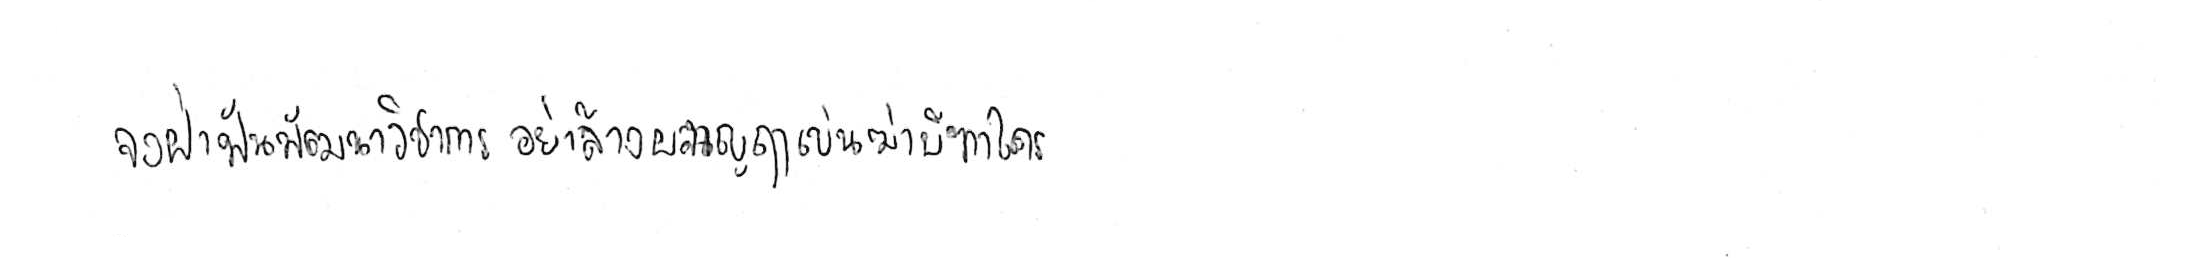
จงฝ่าฟันพัฒนาวิชาการ อย่าล้างผลาญฤๅเข่นฆ่าบีฑาใคร